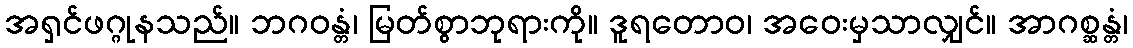
အရှင်ဖဂ္ဂုနသည်။ ဘဂဝန္တံ၊ မြတ်စွာဘုရားကို။ ဒူရတောဝ၊ အဝေးမှသာလျှင်။ အာဂစ္ဆန္တံ၊